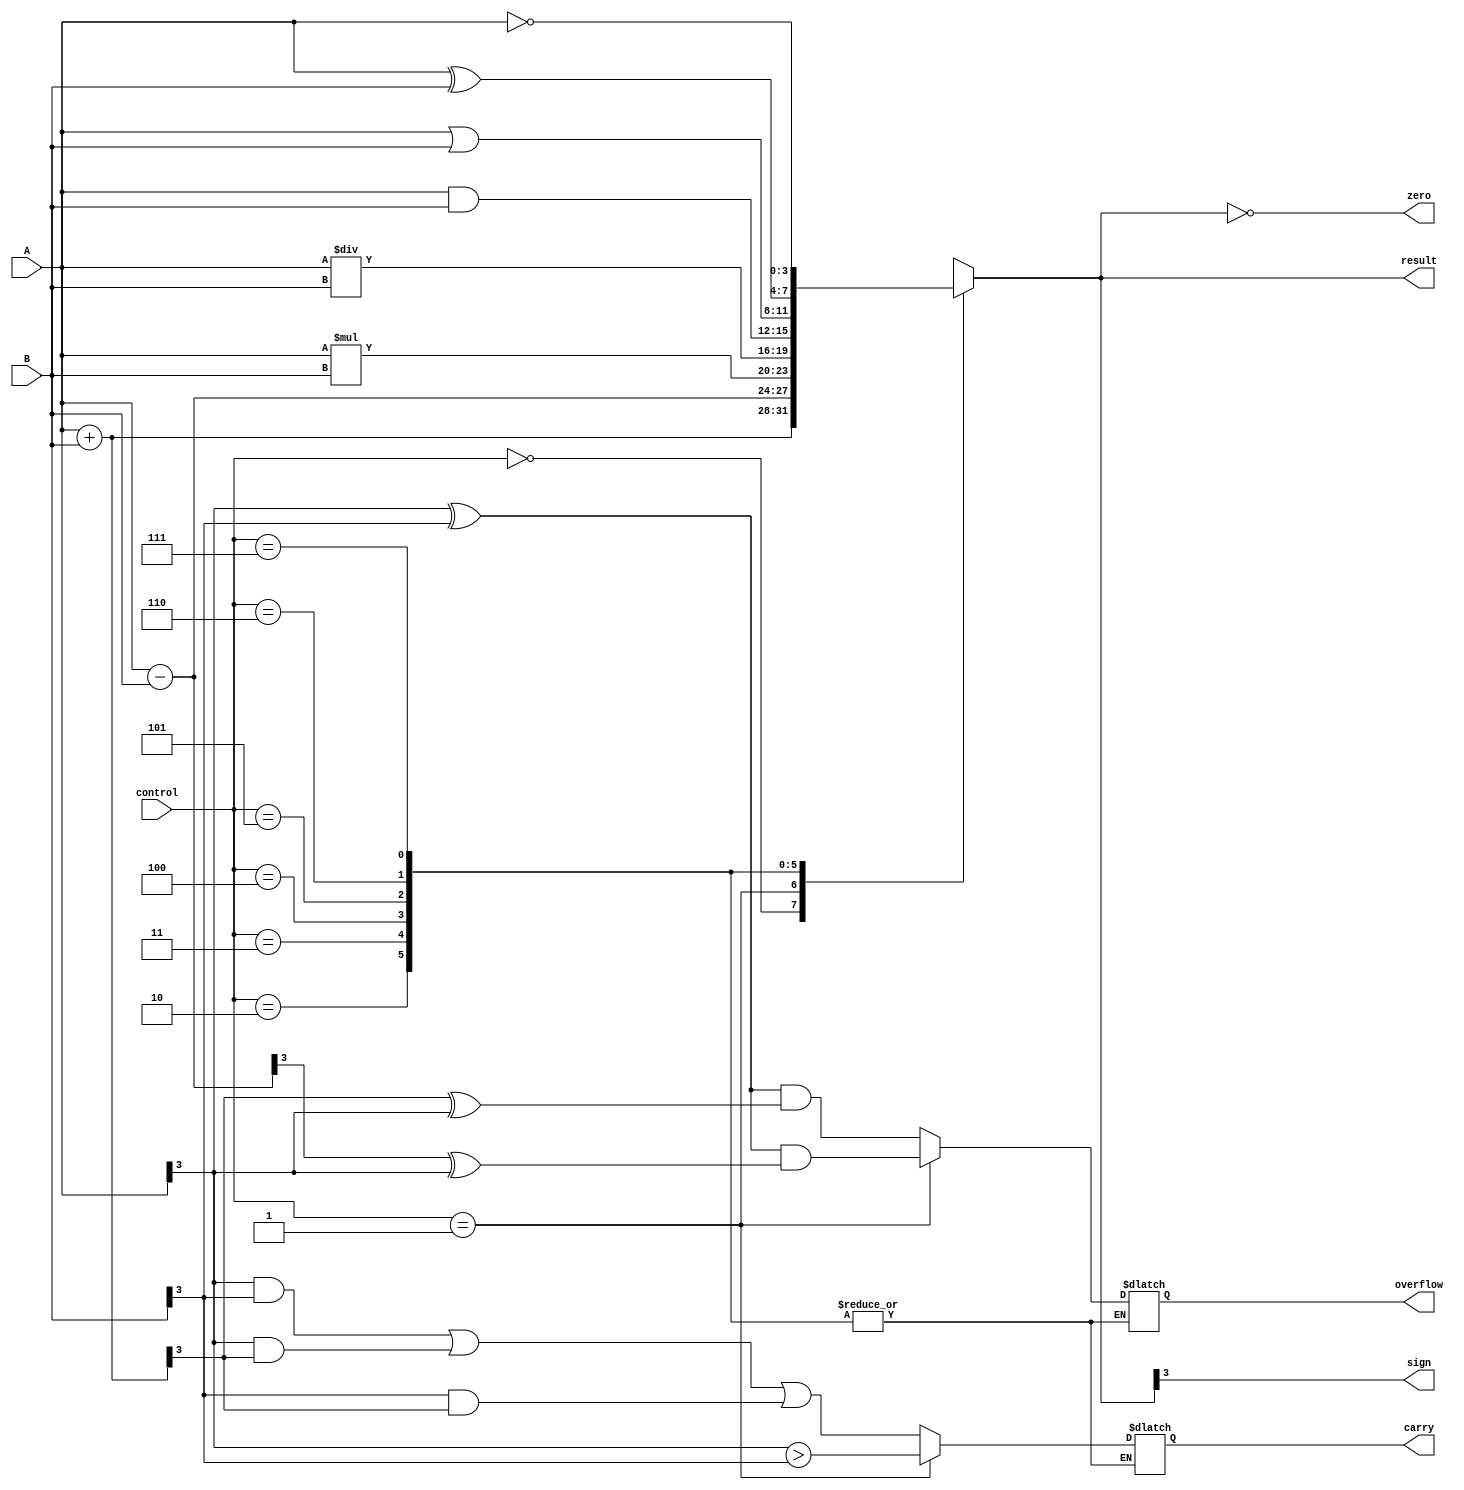
module alu (
    input [3:0] A,
    input [3:0] B,
    input [2:0] control,
    output reg [3:0] result,
    output reg carry,
    output reg overflow,
    output reg zero,
    output reg sign
);

always @(*) begin
    case (control)
        3'b000: begin // addition
            result = A + B;
            carry = (A[3] & B[3]) | (A[3] & result[3]) | (B[3] & result[3]);
            overflow = ((A[3] ^ B[3]) & (result[3] ^ A[3]));
        end
        3'b001: begin // subtraction
            result = A - B;
            carry = A[3] > B[3];
            overflow = ((A[3] ^ B[3]) & (result[3] ^ A[3]));
        end
        3'b010: begin // multiplication
            result = A * B;
            // carry and overflow not applicable for multiplication
        end
        3'b011: begin // division
            result = A / B;
            // carry and overflow not applicable for division
        end
        3'b100: result = A & B; // AND
        3'b101: result = A | B; // OR
        3'b110: result = A ^ B; // XOR
        3'b111: result = ~A; // NOT
    endcase
    zero = result == 4'b0000;
    sign = result[3];
end

endmodule